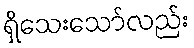
ရှိသေးသော်လည်း